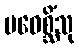
ပဝေစ္ဆိံသု